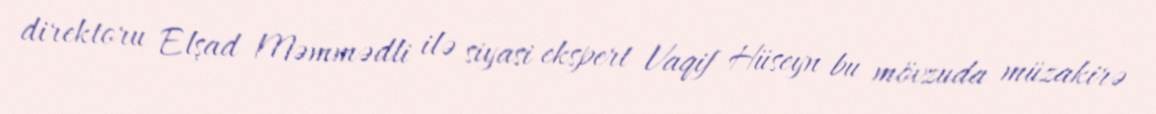
direktoru Elşad Məmmədli ilə siyasi ekspert Vaqif Hüseyn bu mövzuda müzakirə